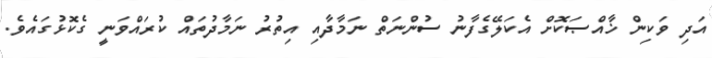
އަދި ވަކިން ޚާއްޞަކޮށް އެކަލޭގެފާނު ސުންނަތް ނަމާދާއި އިތުރު ނަމާދުތައް ކުރައްވަނީ ގެކޮޅުގައެވެ.